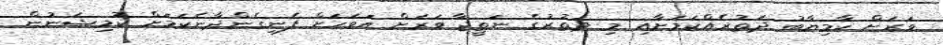
ވަރަށް ކާމިޔާބު ދަތުރެއްކަމަށާއި މި ދަތުރުގެ ނަތީޖާ ވަރަށް އަވަހަށް ފެނިގެންދާނެކަމަށް ކޮމިޝަނުން